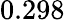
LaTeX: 0.298